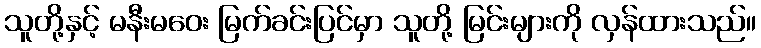
သူတို့နှင့် မနီးမဝေး မြက်ခင်းပြင်မှာ သူတို့ မြင်းများကို လှန်ထားသည်။